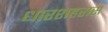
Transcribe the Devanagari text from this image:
धारशहरास